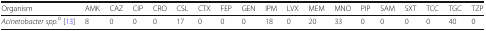
| Organism | AMK | CAZ | CIP | CRO | CSL | CTX | FEP | GEN | IPM | LVX | MEM | MNO | PIP | SAM | SXT | TCC | TGC | TZP |
 | --- | --- | --- | --- | --- | --- | --- | --- | --- | --- | --- | --- | --- | --- | --- | --- | --- | --- | --- |
 | Acinetobacter spp.b [13] | 8 | 0 | 0 | 0 | 17 | 0 | 0 | 0 | 18 | 0 | 20 | 33 | 0 | 0 | 0 | 0 | 40 | 0 |